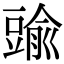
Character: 䜽